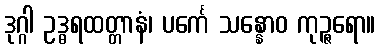
ဒုဂ္ဂါ ဥဒ္ဓရထတ္တာနံ၊ ပင်္ကေ သန္နောဝ ကုဉ္ဇရော။